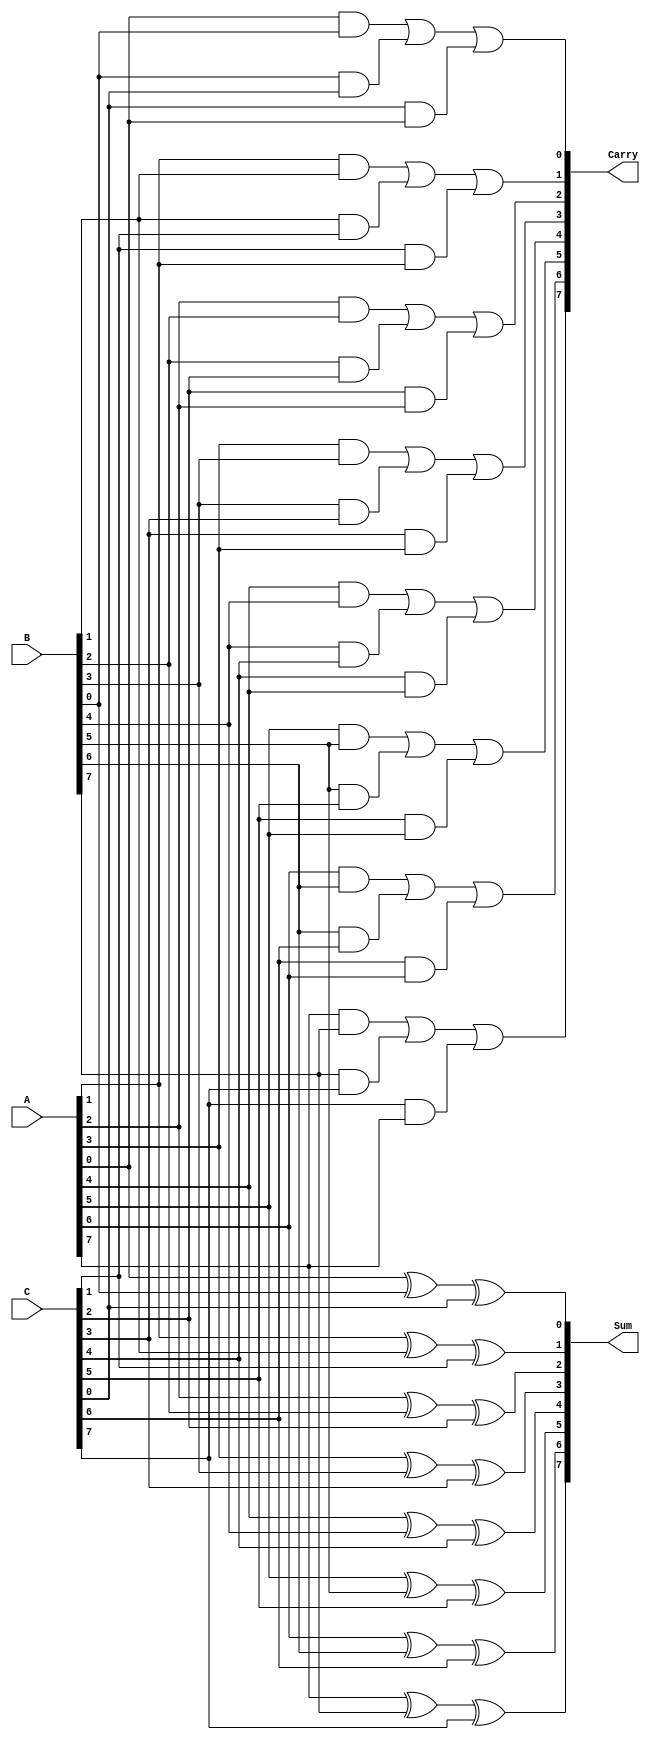
module Parallel_Carry_Save_Adder #(parameter n = 8) (
    input  wire [n-1:0] A, // First input
    input  wire [n-1:0] B, // Second input
    input  wire [n-1:0] C, // Third input
    output wire [n-1:0] Sum, // Sum output
    output wire [n-1:0] Carry // Carry output
);

// Internal wires for carry generation
wire [n-1:0] carry_temp;

// Generate sum and carry for each bit
genvar i;
generate
    for (i = 0; i < n; i = i + 1) begin : CSA_Bit
        // Sum is the XOR of all inputs at bit position i
        assign Sum[i] = A[i] ^ B[i] ^ C[i];

        // Carry is generated using majority logic
        assign carry_temp[i] = (A[i] & B[i]) | (B[i] & C[i]) | (C[i] & A[i]);
    end
endgenerate

// Assign the carry output
assign Carry = carry_temp;

endmodule